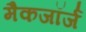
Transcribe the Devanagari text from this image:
मैकजॉर्ज